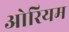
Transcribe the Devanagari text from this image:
ओरियम